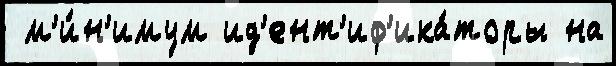
 м'и́н'имум ид'ент'иф'ика́торы на